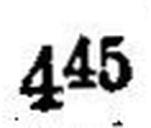
445